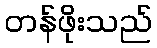
တန်ဖိုးသည်